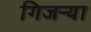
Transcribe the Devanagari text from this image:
गिजऱ्या